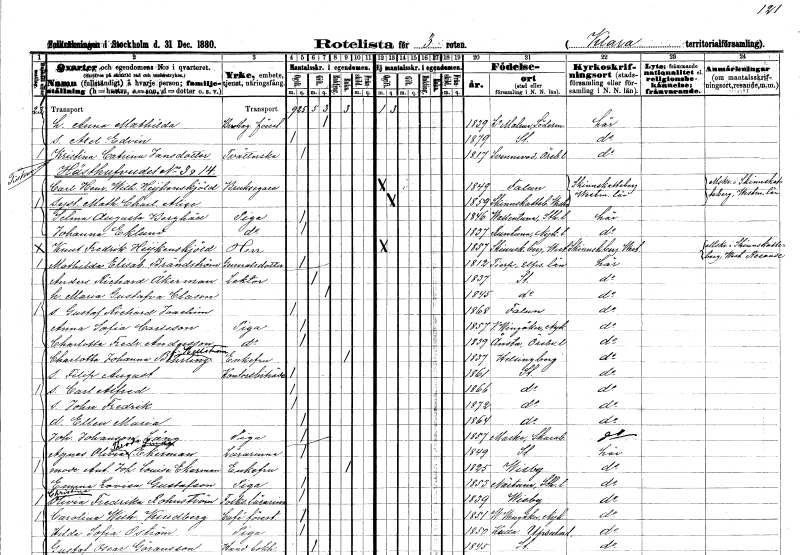
gt_parse: households: individuals: FN: Anna Mathilda
YRKE: Föreståndare Bromag.??
KON: K
CIV: G
FODAR: 1839
FODFORS: Lilla Malma Södermanlands län
FN: Axel Edvin
KON: M
CIV: O
FODAR: 1879
FODFORS: Stockholm
FN: Kristina Catrina
EN: Jansdotter
YRKE: Tvätterska
KON: K
CIV: O
FODAR: 1817
FODFORS: Svennevad Örebro län
FN: Carl Henrik Wilhelm
EN: Heijkenskjöld
YRKE: Bruksägare
KON: M
CIV: O
FODAR: 1849
FODFORS: Falun Kopparbergs län
FN: Mathilda Charlotta Alice
KON: K
CIV: O
FODAR: 1859
FODFORS: Skinnskatteberg Västmanlands län
FN: Selma Augusta
EN: Berghäll
YRKE: Piga
KON: K
CIV: O
FODAR: 1846
FODFORS: Vallentuna Stockholms län
FN: Johanna
EN: Eklund
YRKE: Piga
KON: K
CIV: O
FODAR: 1837
FODFORS: Runtuna Södermanlands län
FN: Knut Fredrik
EN: Heijkenskjöld
KON: M
CIV: O
FODAR: 1857
FODFORS: Skinnskatteberg Västmanlands län
FN: Mathilda Elisabet
EN: Brändström
YRKE: Generalsdotter
KON: K
CIV: O
FODAR: 1812
FODFORS: Tierp Uppsala län
FN: Anders Richard
EN: Åkerman
YRKE: Lektor
KON: M
CIV: G
FODAR: 1837
FODFORS: Stockholm
FN: Maria Gustafva
EN: Clason
KON: K
CIV: G
FODAR: 1845
FODFORS: Stockholm
FN: Gustaf Richard Joachim
KON: M
CIV: O
FODAR: 1868
FODFORS: Falun Kopparbergs län
FN: Anna Sofia
EN: Carlsson
YRKE: Piga
KON: K
CIV: O
FODAR: 1857
FODFORS: Västra Vingåker Södermanlands län
FN: Charlotta Fredrika
EN: Andersson
YRKE: Piga
KON: K
CIV: O
FODAR: 1839
FODFORS: Ånsta Örebro län
FN: Charlotta Johanna
EN: Behrling Hellström
KON: K
CIV: E
FODAR: 1837
FODFORS: Helsingborg Malmöhus län
FN: Filip August
YRKE: Kontorsbiträde
KON: M
CIV: O
FODAR: 1861
FODFORS: Stockholm
FN: Carl Alfred
KON: M
CIV: O
FODAR: 1866
FODFORS: Stockholm
FN: John Fredrik
KON: M
CIV: O
FODAR: 1872
FODFORS: Stockholm
FN: Ellen Maria
KON: K
CIV: O
FODAR: 1864
FODFORS: Stockholm
FN: Johanna
EN: Johansson Lång
YRKE: Piga
KON: K
CIV: O
FODAR: 1857
FODFORS: Marka Skaraborgs län
FN: Agnes Olivia Theodora Linda
EN: Ekerman
YRKE: Lärarinna
KON: K
CIV: O
FODAR: 1849
FODFORS: Stockholm
FN: Antoinetta Johanna Louise
EN: Ekerman
KON: K
CIV: E
FODAR: 1825
FODFORS: Visby Gotlands län
FN: Emma Lovisa
EN: Gustafson
YRKE: Piga
KON: K
CIV: O
FODAR: 1853
FODFORS: Närtuna Stockholms län
FN: Christina Olivia Fredrika
EN: Rohnström
YRKE: Folkskolelärarinna
KON: K
CIV: O
FODAR: 1839
FODFORS: Visby Gotlands län
FN: Carolina Wilhelmina
EN: Kindberg
YRKE: Kaféförestånderska
KON: K
CIV: O
FODAR: 1851
FODFORS: Västra Vingåker Södermanlands län
FN: Hilda Sofia
EN: Öström
YRKE: Piga
KON: K
CIV: O
FODAR: 1850
FODFORS: Kulla Uppsala län
FN: Gustaf Oscar
EN: Göransson
YRKE: Handelsbokhållare
KON: M
CIV: G
FODAR: 1845
FODFORS: Stockholm